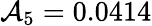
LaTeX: \mathcal{A}_{5}=0.0414